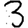
Digit: 3